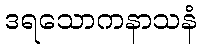
ဒရသောကနာသနံ